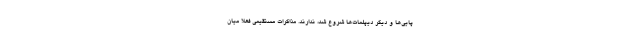
پایی‌ها و دیگر دیپلمات‌ها شروع شد، ندارند. مذاکرات مستقیمی فعلا میان